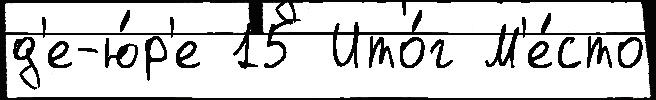
д'е-ю́р'е 15 Ито́г М'е́сто